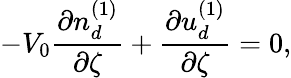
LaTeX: -V_{0}\frac{\partial n_{d}^{(1)}}{\partial\zeta}+\frac{\partial u_{d}^{(1)}}{\partial\zeta}=0,